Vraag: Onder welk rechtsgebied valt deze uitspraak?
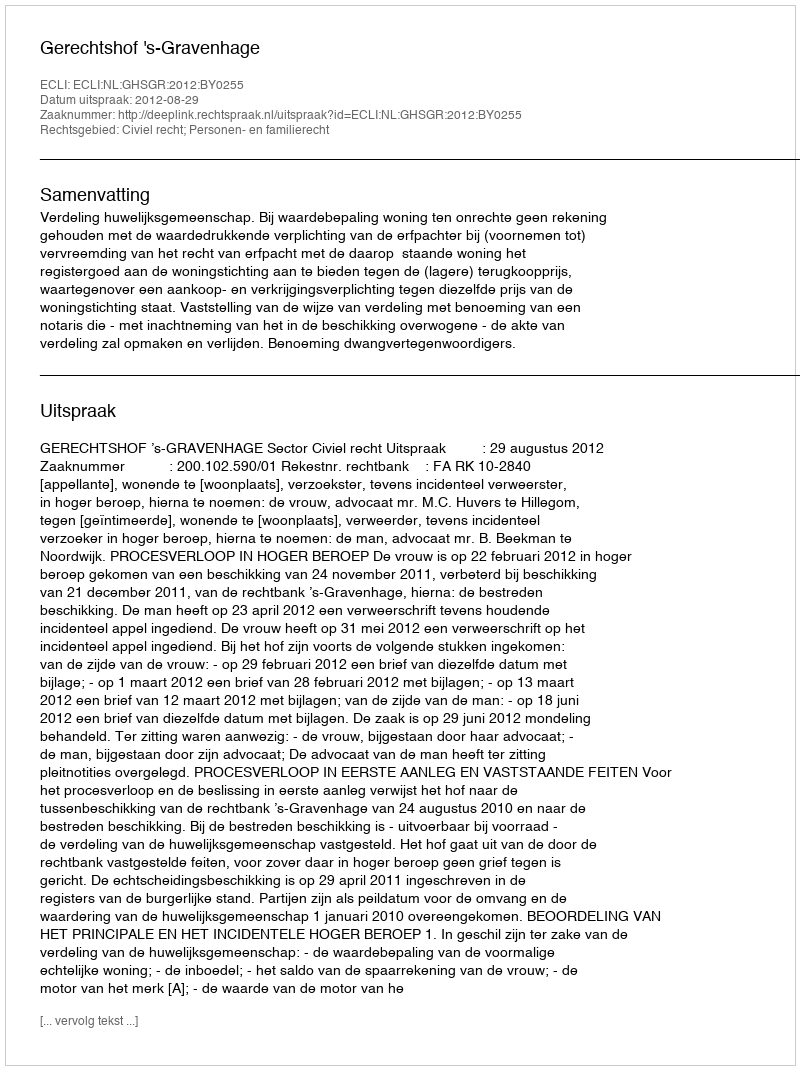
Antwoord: Civiel recht; Personen- en familierecht